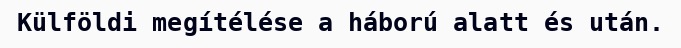
Külföldi megítélése a háború alatt és után.